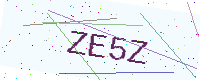
Text: ZE5Z